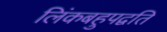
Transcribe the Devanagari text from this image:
लिंकबहुपद्वति